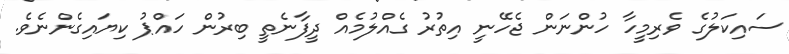
ސައިކަލުގެ ވެރިމީހާ ހުންނަން ޖެހޭނީ އިތުރު ގެއްލުމެއް ދީފާނެތީ ބިރުން ހައްޕު ކިޔައިގެންނެވެ.